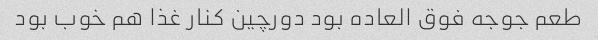
طعم جوجه فوق العاده بود دورچین کنار غذا هم خوب بود